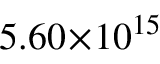
5 . 6 0 \! \times \! 1 0 ^ { 1 5 }